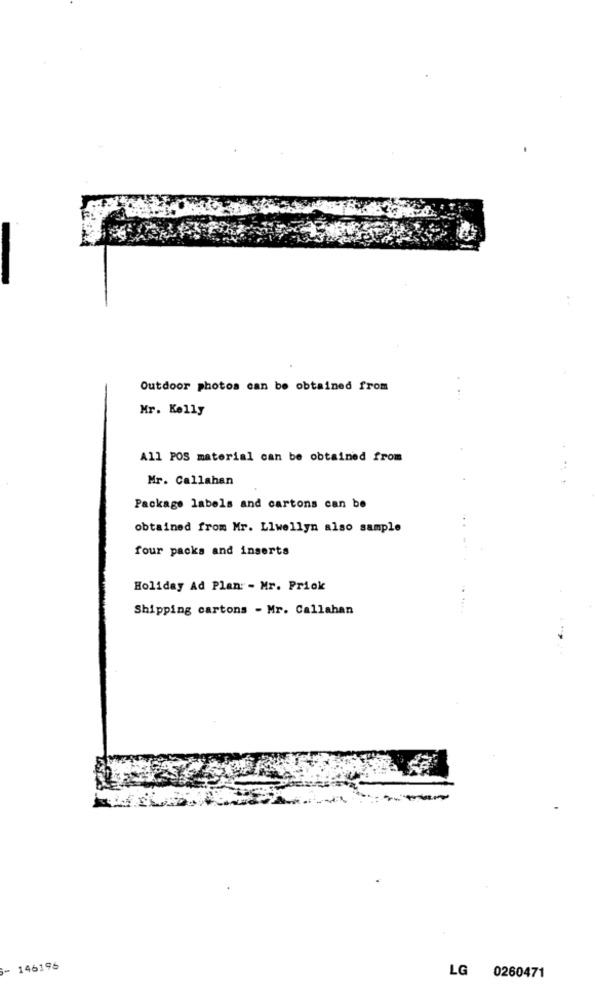
Outdoor photos can be obtained from
Mr. Kelly
All POS material can be obtained from
Mr. Callahan
Package labels and cartons can be
obtained from Mr. Llwellyn also sample
four packs and inserts
Holiday Ad Plan: - Mr. Priok
Shipping cartons - Mr. Callahan
- 146196
LG 0260471